system: You are a helpful assistant.
user:
Analyze the provided spectrum to determine if it is a **M-type Giant (gM)**.

A M-type Giant spectrum is defined by its **strong molecular absorption** features, particularly from **Titanium Oxide (TiO)**. You must check for one of the following mutually exclusive signatures:

- **Key Visual Indicators (Absorption-Dominated Spectrum):**

    - **(Primary):** The spectrum is dominated by strong molecular absorption from **Titanium Oxide (TiO)**. This is the **defining feature** of its M-type temperature class.
        - **(Key Bandheads):** Look for sharp, "saw-tooth" absorption valleys. The strongest are located near **~7050 Å**, **~6160 Å**, and **~5170 Å**.
        - **(Line Profile):** The "saw-tooth" morphology is critical: a **sharp, steep drop on the BLUE (short-wavelength) side** of the bandhead, followed by a gradual recovery (rising flux) towards the RED (long-wavelength) side.

    - **(Key Confirmation - Giant vs. Dwarf):** **ABSENCE** of strong **Calcium Hydride (CaH)** molecular bands. This is the primary diagnostic for *excluding* M-dwarfs.
        - **(Key Region):** The spectrum should lack the strong, broad absorption band seen in dwarfs between **~6800 Å and ~7000 Å**.

    - **(Secondary Confirmation - Giant):** A very strong and broad **Neutral Calcium (Ca I)** atomic absorption line.
        - **(Key Line):** Located at **~4226 Å**. In a giant (gM), this line is significantly deeper and broader than the same line in an M-dwarf (dM) due to low surface gravity.

    - **(Overall Spectrum):**
        - The continuum is **extremely red-sloping** (i.e., flux is very low in the blue and rises dramatically towards the red).
        - The entire spectrum appears "chopped up" by the deep TiO bands.

Think first, call **spectral_visualization_tool** if needed to examine features in detail, then provide your final answer. Your response must adhere to the following strict rules:
1.  **Overall Structure:** Your response must follow the format `<think>...</think> <tool_call>...</tool_call> (if a tool is used) <answer>...</answer>`.
2.  **Tool Usage Constraint:** You may only make **one** tool call per turn.
3.  **Final Answer Format:** In the `<answer>` tag, your conclusion must be inside a `\boxed{}` command (e.g., `\boxed{YES}` or `\boxed{NO}`), followed by your justification.

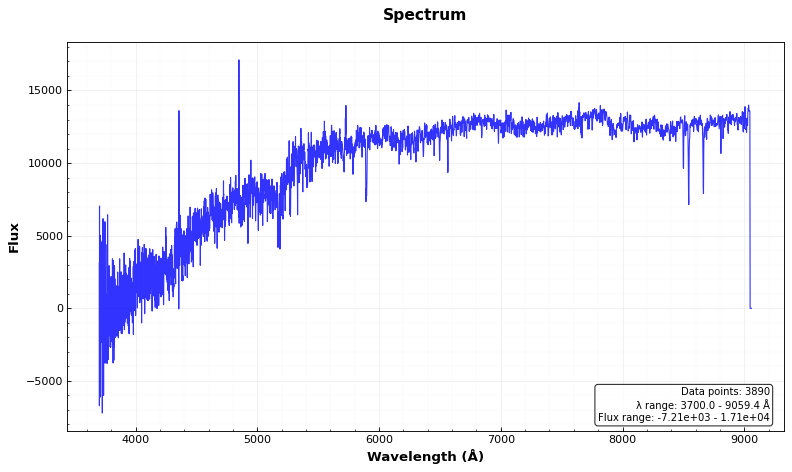
Answer: NO